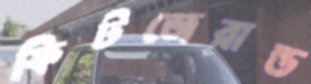
ফিটজেরাল্ড